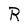
Character: R